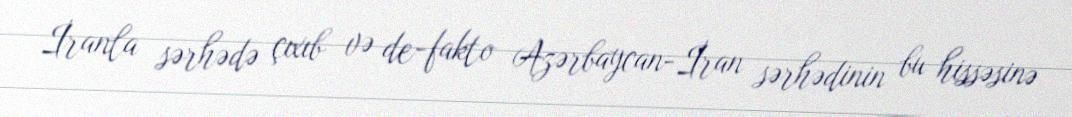
İranla sərhədə çıxıb və de-fakto Azərbaycan-İran sərhədinin bu hissəsinə